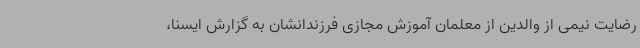
رضایت نیمی از والدین از معلمان آموزش مجازی فرزندانشان به گزارش ایسنا،